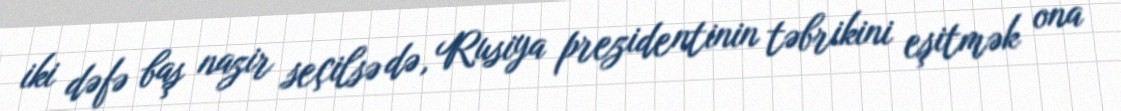
iki dəfə baş nazir seçilsə də, Rusiya prezidentinin təbrikini eşitmək ona